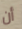
أن